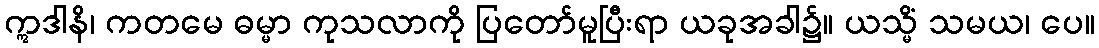
ဣဒါနိ၊ ကတမေ ဓမ္မာ ကုသလာကို ပြတော်မူပြီးရာ ယခုအခါ၌။ ယသ္မိံ သမယ၊ ပေ။